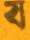
য